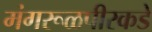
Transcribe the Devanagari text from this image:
मंगरूळपीरकडे